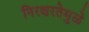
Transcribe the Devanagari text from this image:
निरक्षरतेमुळे